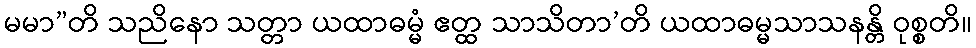
မမာ”တိ သညိနော သတ္တာ ယထာဓမ္မံ ဧတ္ထ သာသိတာ’တိ ယထာဓမ္မသာသနန္တိ ဝုစ္စတိ။